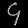
Digit: ၄